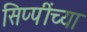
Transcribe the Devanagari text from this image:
सिप्पींच्या